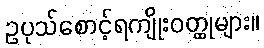
ဥပုသ်စောင့်ရကျိုးဝတ္ထုများ။